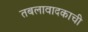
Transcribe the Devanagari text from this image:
तबलावादकाची